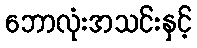
ဘောလုံးအသင်းနှင့်